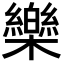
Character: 𣠋